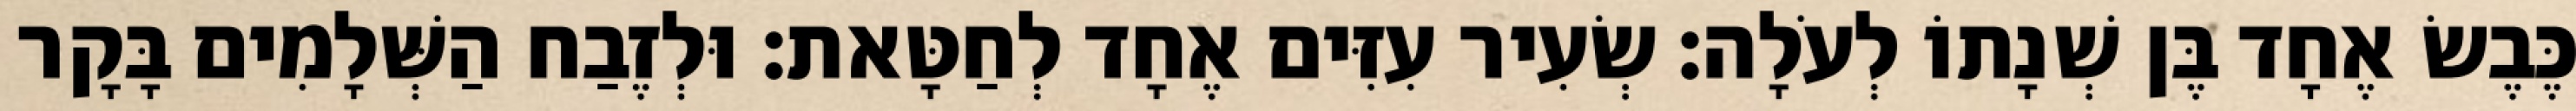
כֶּבֶשׂ אֶחָד בֶּן שְׁנָתוֹ לְעֹלָה׃ שְׂעִיר עִזִּים אֶחָד לְחַטָּאת׃ וּלְזֶבַח הַשְּׁלָמִים בָּקָר